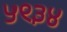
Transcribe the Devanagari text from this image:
५९३४